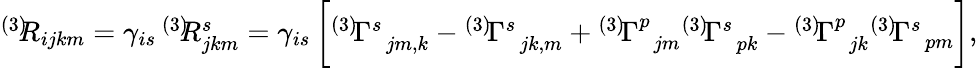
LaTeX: \begin{array}{r}{^{\left(3\right)}\! \! R_{ijkm}=\gamma_{is}\, ^{\left(3\right)}\! \! R_{jkm}^{s}=\gamma_{is}\, \bigg[{}^{\left(3\right)}\! \Gamma_{\, \, \, jm,k}^{s}-{}^{\left(3\right)}\! \Gamma_{\, \, \, jk,m}^{s}+{}^{\left(3\right)}\! \Gamma_{\, \, \, jm}^{p}{}^{\left(3\right)}\! \Gamma_{\, \, \, pk}^{s}-{}^{\left(3\right)}\! \Gamma_{\, \, \, jk}^{p}{}^{\left(3\right)}\! \Gamma_{\, \, \, pm}^{s}\bigg],}\end{array}